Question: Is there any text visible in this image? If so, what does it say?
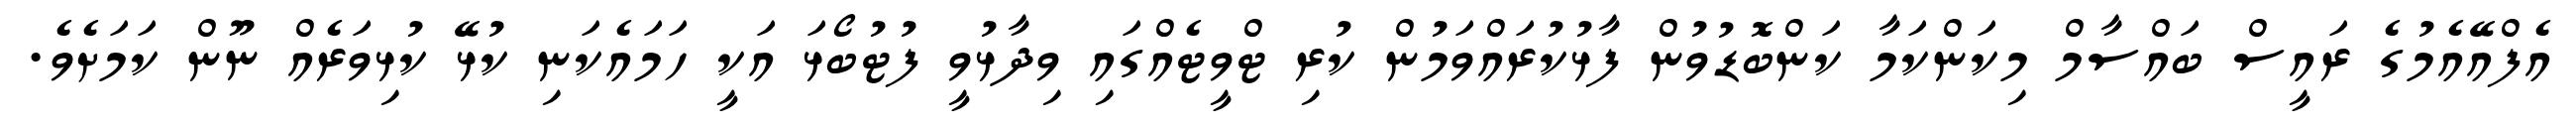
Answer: އެފްއޭއެމުގެ ރައީސް ބައްސާމް މިކަންކަމާ ކަންބޮޑުވުން ފާޅުކުރައްވަމުން ކުރި ޓްވީޓެއްގައި ވިދާޅުވީ ފުޓުބޯޅަ އަކީ ހަމައެކަނި ކުޅޭ ކުޅިވަރެއް ނޫން ކަމަށެވެ.